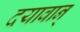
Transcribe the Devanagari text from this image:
दयावान्